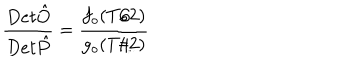
{ \frac { D e t \hat { O } } { D e t \hat { P } } } = { \frac { f _ { o } ( T / 2 ) } { g _ { o } ( T / 2 ) } }